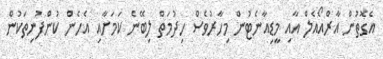
އެގޮތުން އާރްއޯއެލް އާއި މީޑިއާނެޓުން މިހާރުވެސް ހިދުމަތް ލިބޭނެ ކަމަށާއި އެހެން ކުންފުނިތަކުން